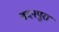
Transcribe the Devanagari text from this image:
बदनपुरा